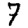
Digit: 7